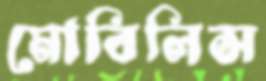
মোবিলিস